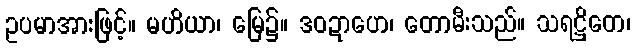
ဥပမာအားဖြင့်။ မဟိယာ၊ မြေ၌။ ဒဝဍာဟေ၊ တောမီးသည်။ သရဋ္ဌိတေ၊